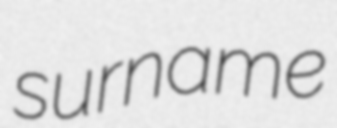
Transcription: surname